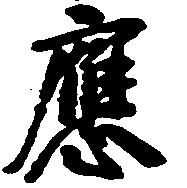
応